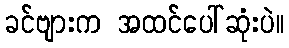
ခင်ဗျားက အထင်ပေါ်ဆုံးပဲ။